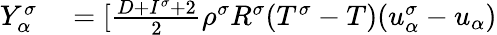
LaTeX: \begin{array}{r}{\begin{array}{rl}{Y_{\alpha}^{\sigma}}&{{}=[\frac{D+I^{\sigma}+2}{2}\rho^{\sigma}R^{\sigma}(T^{\sigma}-T)(u_{\alpha}^{\sigma}-u_{\alpha})}\end{array}}\end{array}